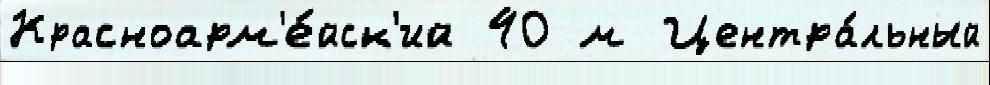
Красноарм'е́йск'ий 40 м Центра́льный